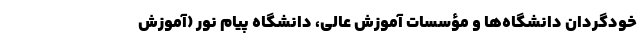
خودگردان دانشگاه‌ها و مؤسسات‌ آموزش‌ عالی، دانشگاه‌ پیام‌ نور (آموزش